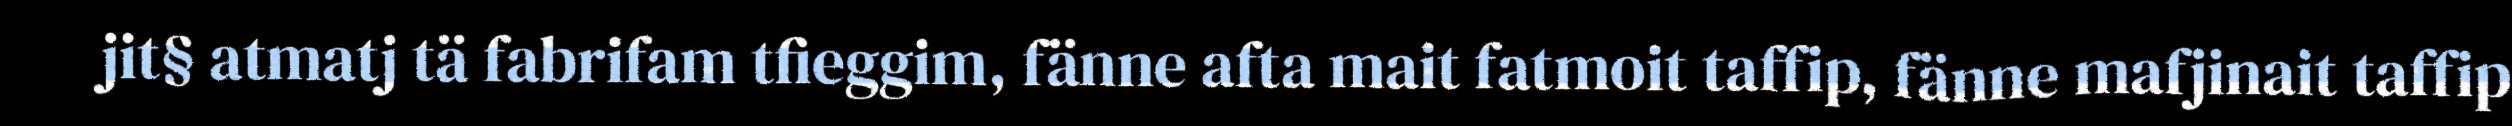
jit§ atmatj tä fabrifam tfieggim, fänne afta mait fatmoit taffip, fänne mafjinait taffip